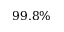
9 9 . 8 \%